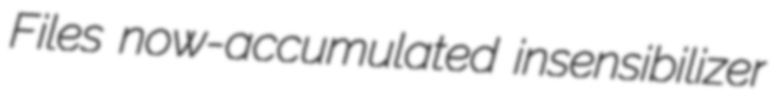
Files now-accumulated insensibilizer